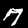
Digit: 7